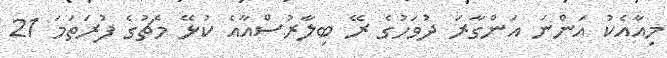
މިއާއެކު އަންނަ އަންގާރަ ދުވަހުގެ ރޭ ބިލާރުސްއާއެ ކުޅޭ މެޗުގެ ފުރަތަމަ 21